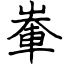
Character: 輋